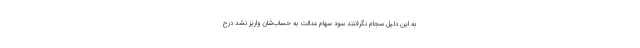
به این دلیل سجام نگرفتند سود سهام عدالت به حساب‌شان واریز نشد درح